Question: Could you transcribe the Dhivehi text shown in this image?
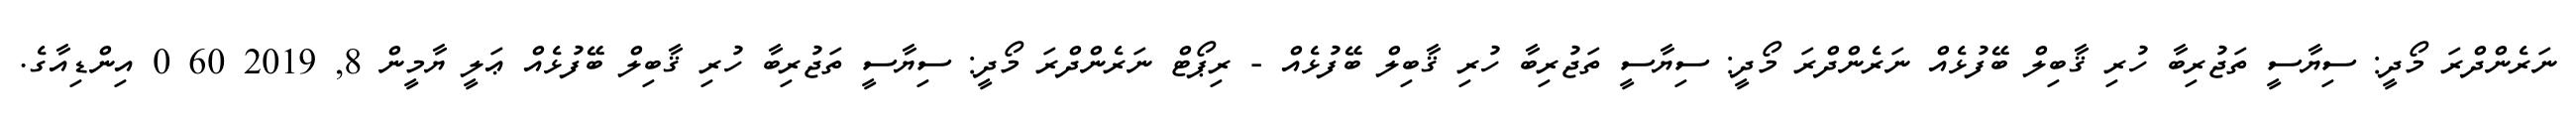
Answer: ނަރެންދްރަ މޯދީ: ސިޔާސީ ތަޖުރިބާ ހުރި ޤާބިލް ބޭފުޅެއް ނަރެންދްރަ މޯދީ: ސިޔާސީ ތަޖުރިބާ ހުރި ޤާބިލް ބޭފުޅެއް - ރިޕޯޓް ނަރެންދްރަ މޯދީ: ސިޔާސީ ތަޖުރިބާ ހުރި ޤާބިލް ބޭފުޅެއް ޢަލީ ޔާމީން 8, 2019 60 0 އިންޑިއާގެ.